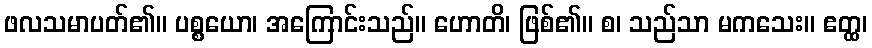
ဖလသမာပတ်၏။ ပစ္စယော၊ အကြောင်းသည်။ ဟောတိ၊ ဖြစ်၏။ စ၊ သည်သာ မကသေး။ ဧတ္ထ၊